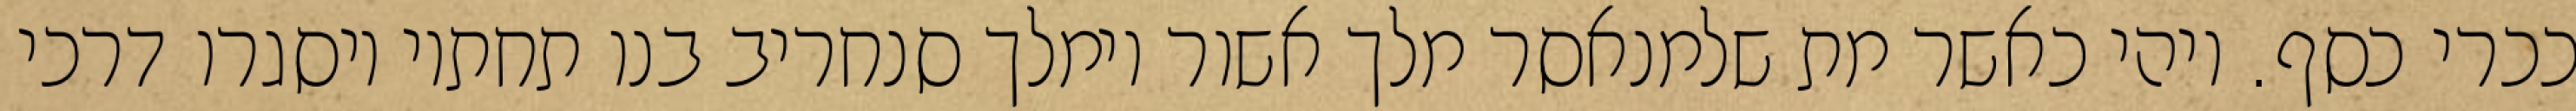
ככרי כסף. ויהי כאשר מת שלמנאסר מלך אשור וימלך סנחריב בנו תחתיו ויסגרו דרכי